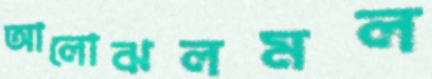
আলোঝলমল